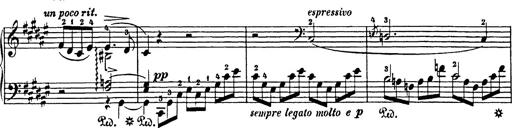
Title: Impromptu
Composer: JosÃ© MarÃ­a Usandizaga
Key: A major